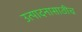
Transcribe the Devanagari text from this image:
उत्पादनासाठीच